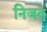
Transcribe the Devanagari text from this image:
निजत